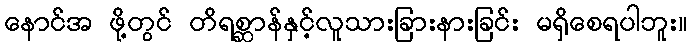
နောင်အ ဖို့တွင် တိရစ္ဆာန်နှင့်လူသားခြားနားခြင်း မရှိစေရပါဘူး။